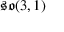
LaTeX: { \mathfrak { s o } } ( 3 , 1 )